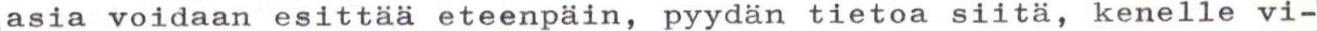
asia voidaan esittää eteenpäin, pyydän tietoa siitä, kenelle vi-